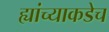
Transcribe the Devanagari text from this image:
ह्यांच्याकडेच